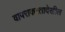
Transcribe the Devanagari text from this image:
वापराकरतादेखील